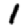
Digit: 1